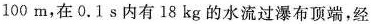
100m，在0.1s内有18kg的水流过瀑布顶端，经